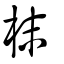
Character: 枺